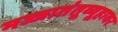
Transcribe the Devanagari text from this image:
मज्जातंतूव्यूहावर